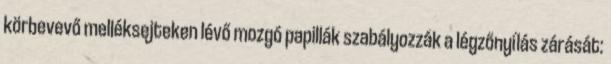
körbevevő melléksejteken lévő mozgó papillák szabályozzák a légzőnyílás zárását: